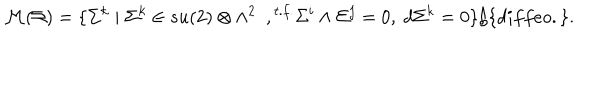
{ \cal M } ( \Sigma ) = \{ \Sigma ^ { k } \mid \Sigma ^ { k } \in s u ( 2 ) \otimes \wedge ^ { 2 } ~ ~ , { } ^ { t . f . } \Sigma ^ { i } \wedge \Sigma ^ { j } = 0 , ~ d \Sigma ^ { k } = 0 \} / \{ d i f f e o . \} .